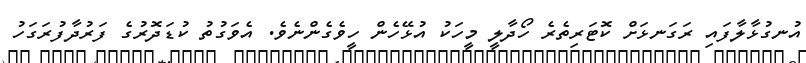
އުނގުޅާލާފައި ރަގަނޅަށް ކޮޓަރިތެރެ ހޯދާލީ މީހަކު އުޅޭހެން ހީވެގެންނެވެ. އެވަގުތު ކުޑަދޮރުގެ ފަރުދާފުރަގަހު